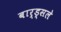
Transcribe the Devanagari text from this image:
बार्ड्सले